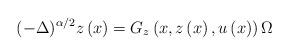
LaTeX: \begin{align*}(-\Delta)^{\alpha/2}z\left( x\right) =G_{z}\left( x,z\left( x\right),u\left( x\right) \right) \Omega\end{align*}